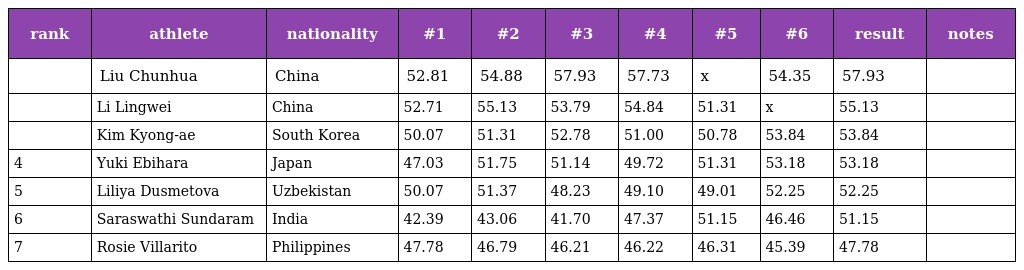
| rank | athlete | nationality | #1 | #2 | #3 | #4 | #5 | #6 | result | notes |
 | --- | --- | --- | --- | --- | --- | --- | --- | --- | --- | --- |
 |  | Liu Chunhua | China | 52.81 | 54.88 | 57.93 | 57.73 | x | 54.35 | 57.93 |  |
 |  | Li Lingwei | China | 52.71 | 55.13 | 53.79 | 54.84 | 51.31 | x | 55.13 |  |
 |  | Kim Kyong-ae | South Korea | 50.07 | 51.31 | 52.78 | 51.00 | 50.78 | 53.84 | 53.84 |  |
 | 4 | Yuki Ebihara | Japan | 47.03 | 51.75 | 51.14 | 49.72 | 51.31 | 53.18 | 53.18 |  |
 | 5 | Liliya Dusmetova | Uzbekistan | 50.07 | 51.37 | 48.23 | 49.10 | 49.01 | 52.25 | 52.25 |  |
 | 6 | Saraswathi Sundaram | India | 42.39 | 43.06 | 41.70 | 47.37 | 51.15 | 46.46 | 51.15 |  |
 | 7 | Rosie Villarito | Philippines | 47.78 | 46.79 | 46.21 | 46.22 | 46.31 | 45.39 | 47.78 |  |